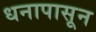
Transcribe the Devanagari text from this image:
धनापासून